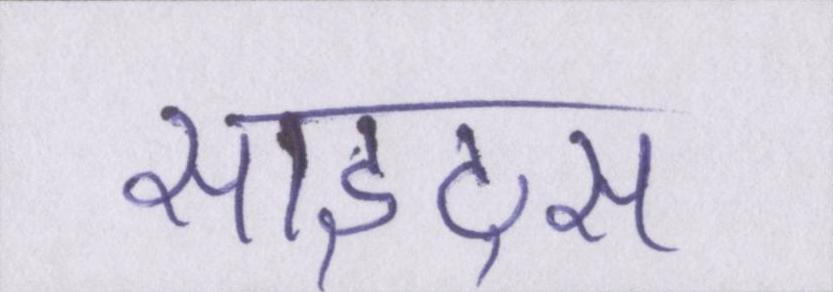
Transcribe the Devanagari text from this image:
साइट्स